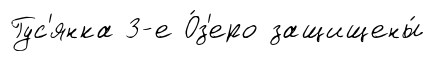
Гус'янка 3-е О́з'еро защищены́